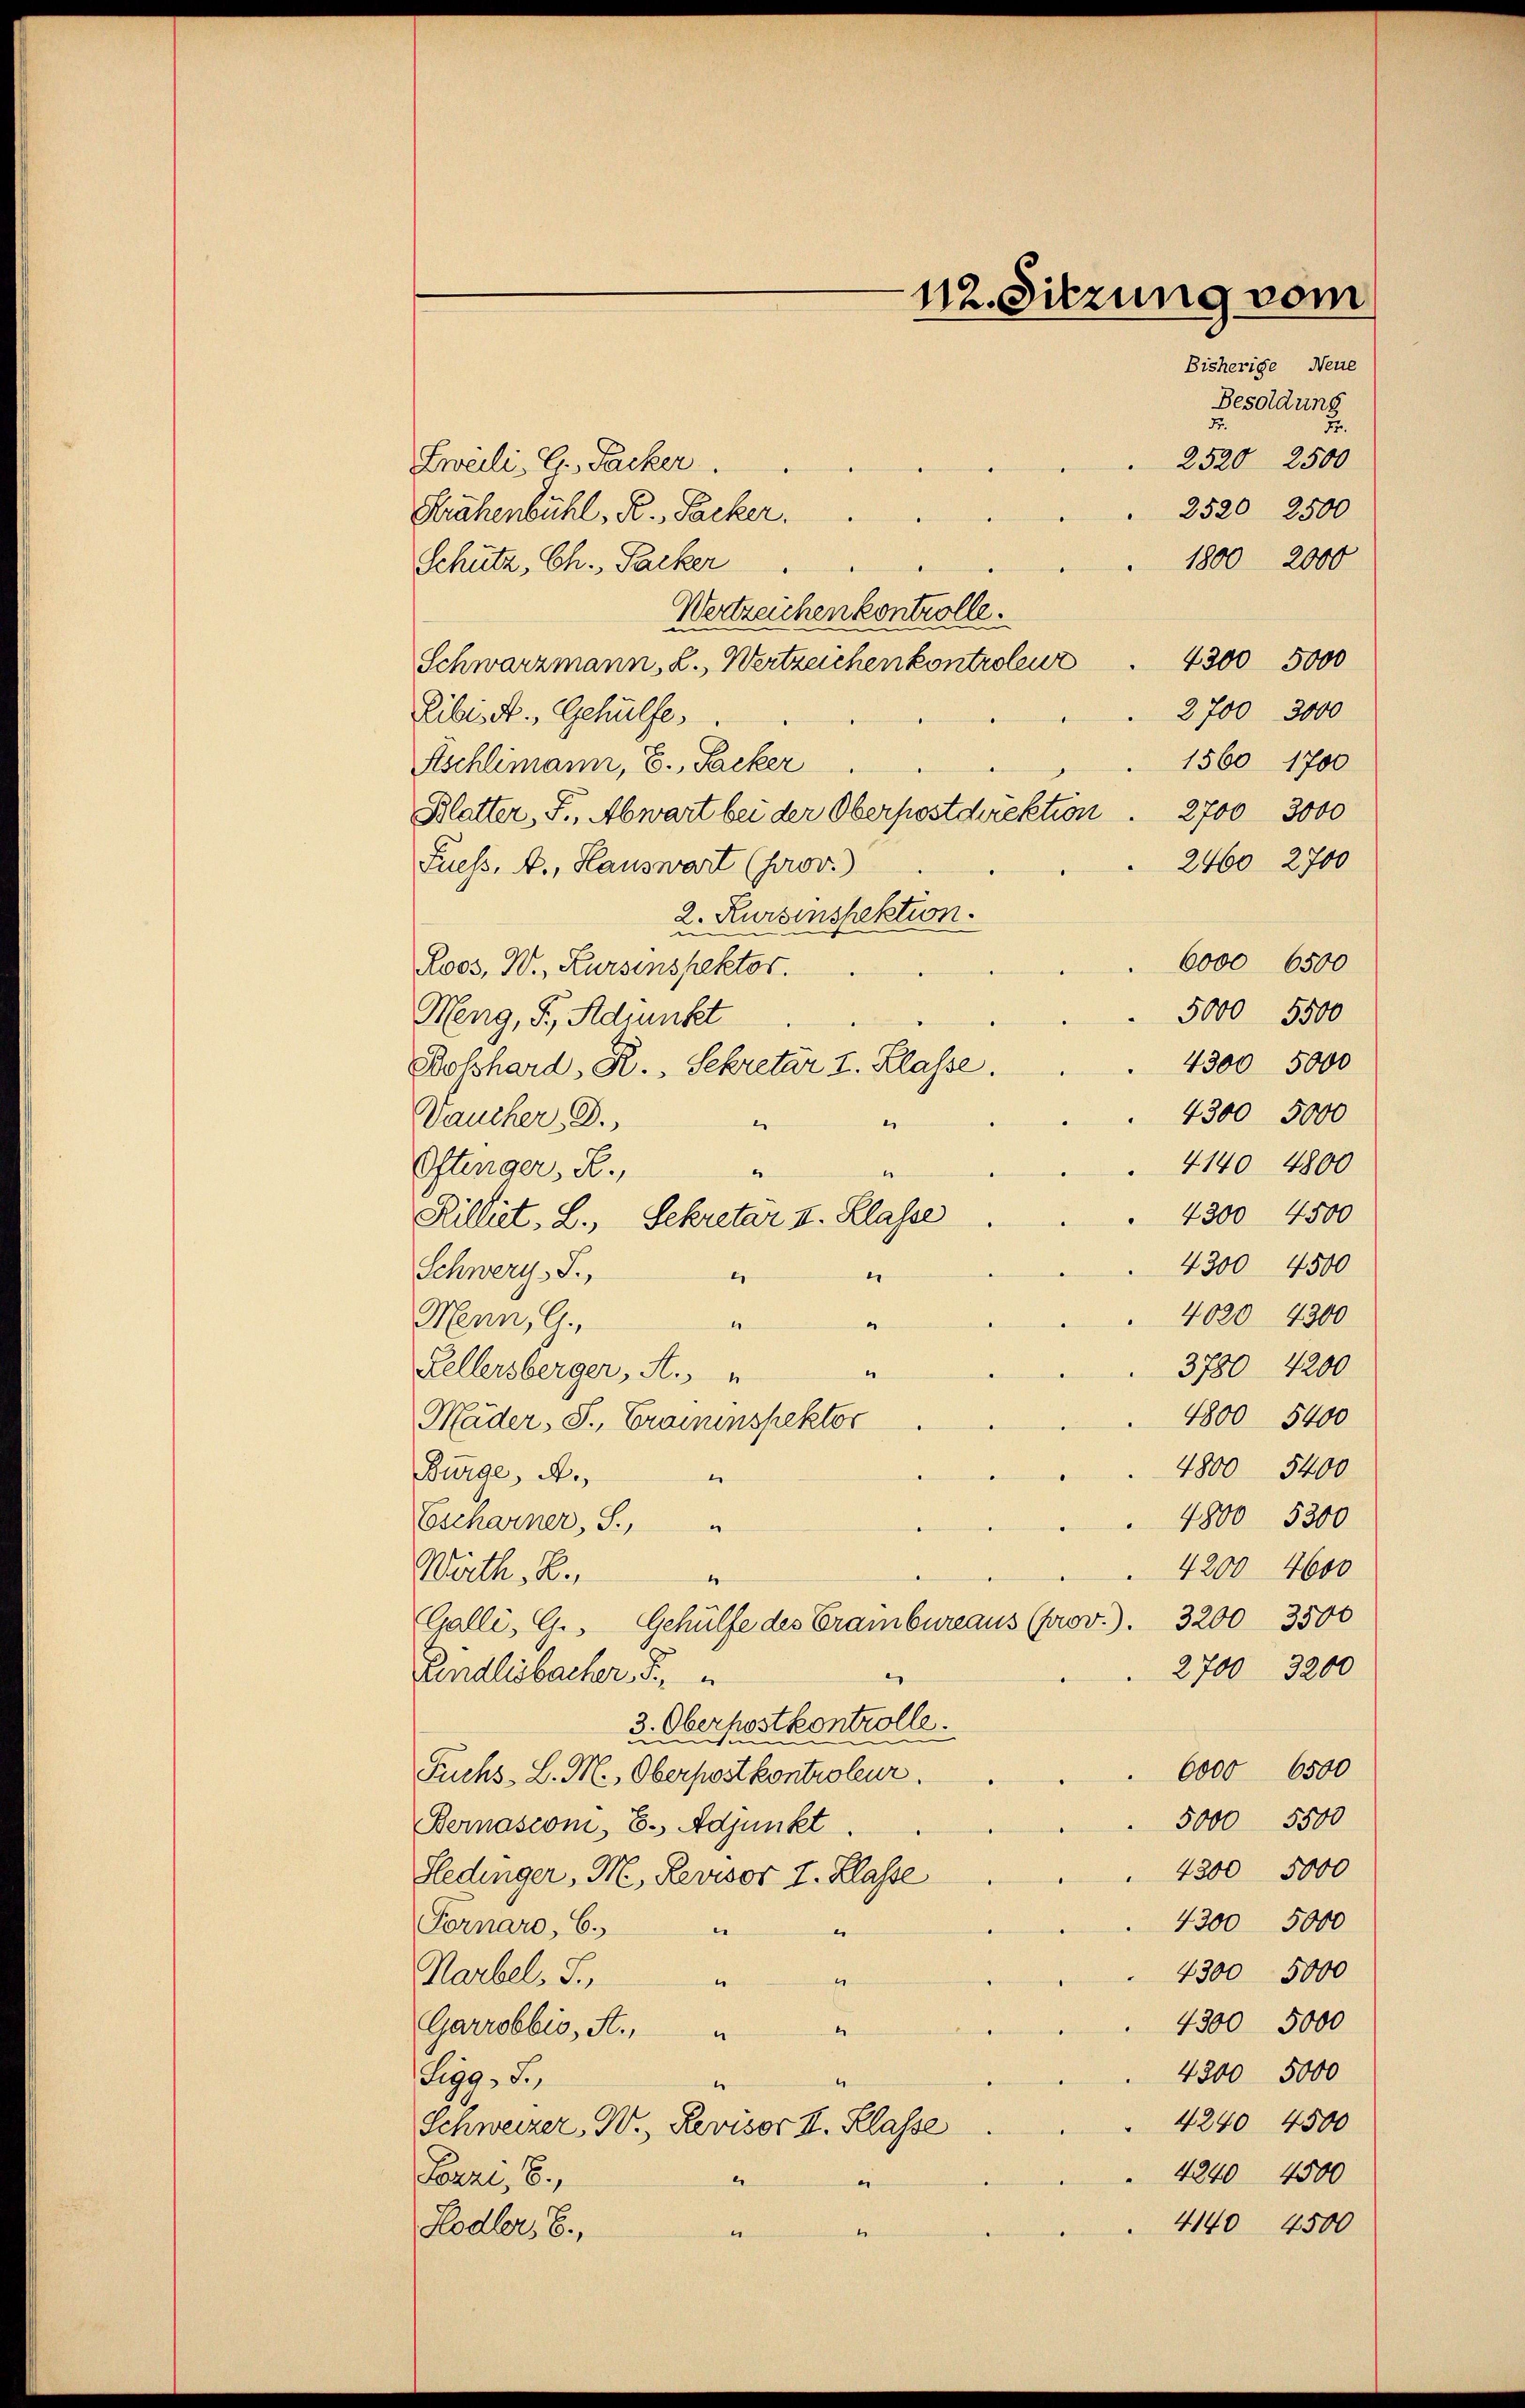
Besoldung
Fr.
Fr.
2520 2500
Zweili, G. Sacker.
2520 2500
Srähenbühl, R. Packer.
1800 2000
Schütz, Ch. Packer
Wertreichen kontrolle.
4300 5000
Schwarzmann, L. Wertzeichen kontroleur
2700 3000
Ribis A. Gehülfe,
1560 1700
Fischlimann, E., Packer
Blatter, F., Abwart bei der Oberpostdirektion . 2700 3000
2460 2700
Fuess, A., Hauswart (prov.)
2. Kursinspektion.
6000 6500
Loos, W., Kursinspektor.
5000 5500
Heng, G., Adjunkt
4300 5000
Dosshard, R., Sekretär I. Klasse.
4300 5000
Vaucher, D.
1
4140. 4800
Oftinger, R.,
1
4300 4500
Killiet. L., Sekretar II. Klasse
4300 4500
Schwerz. J.,
.
e
4020 4300
Menn, G.
“
di
3780 4200
2
Kellersberger, A.
1800 5400
Mäder, S. Cramenspektor
4800 5400
Bürge, A.
.
4800 5300
Escharner, S.
4200 4600
Wirth, B.
1
Galli, G. Gehülfe des Crainbureaus (prov.). 3200 - 3500
2700 3200
Fendlisbacher. F.
3. Oberpostkontrolle.
6000 6500
Fuchs L. M., Oberpostkontroleur.
5000 5500
Bernasconi, E. Adjunkt
4300 5000
Hedinger, M. Revisor I. Klasse
4300 5000
Fornaro, 6.
t
u
4300 5000
Karbel, S.
n
.
4300 5000
Garrobbis, A.,
6
4300 5000
Sigg, S.
e
4240 4500
Schweizer-W., Revisor II. Klasse
4240 4500
Fenzl, 8,
e
.
4140 4500
Hodler, E.,
.

112. Sitzung vom
Bisherige Neue